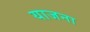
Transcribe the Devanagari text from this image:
याजना